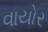
વાયોર